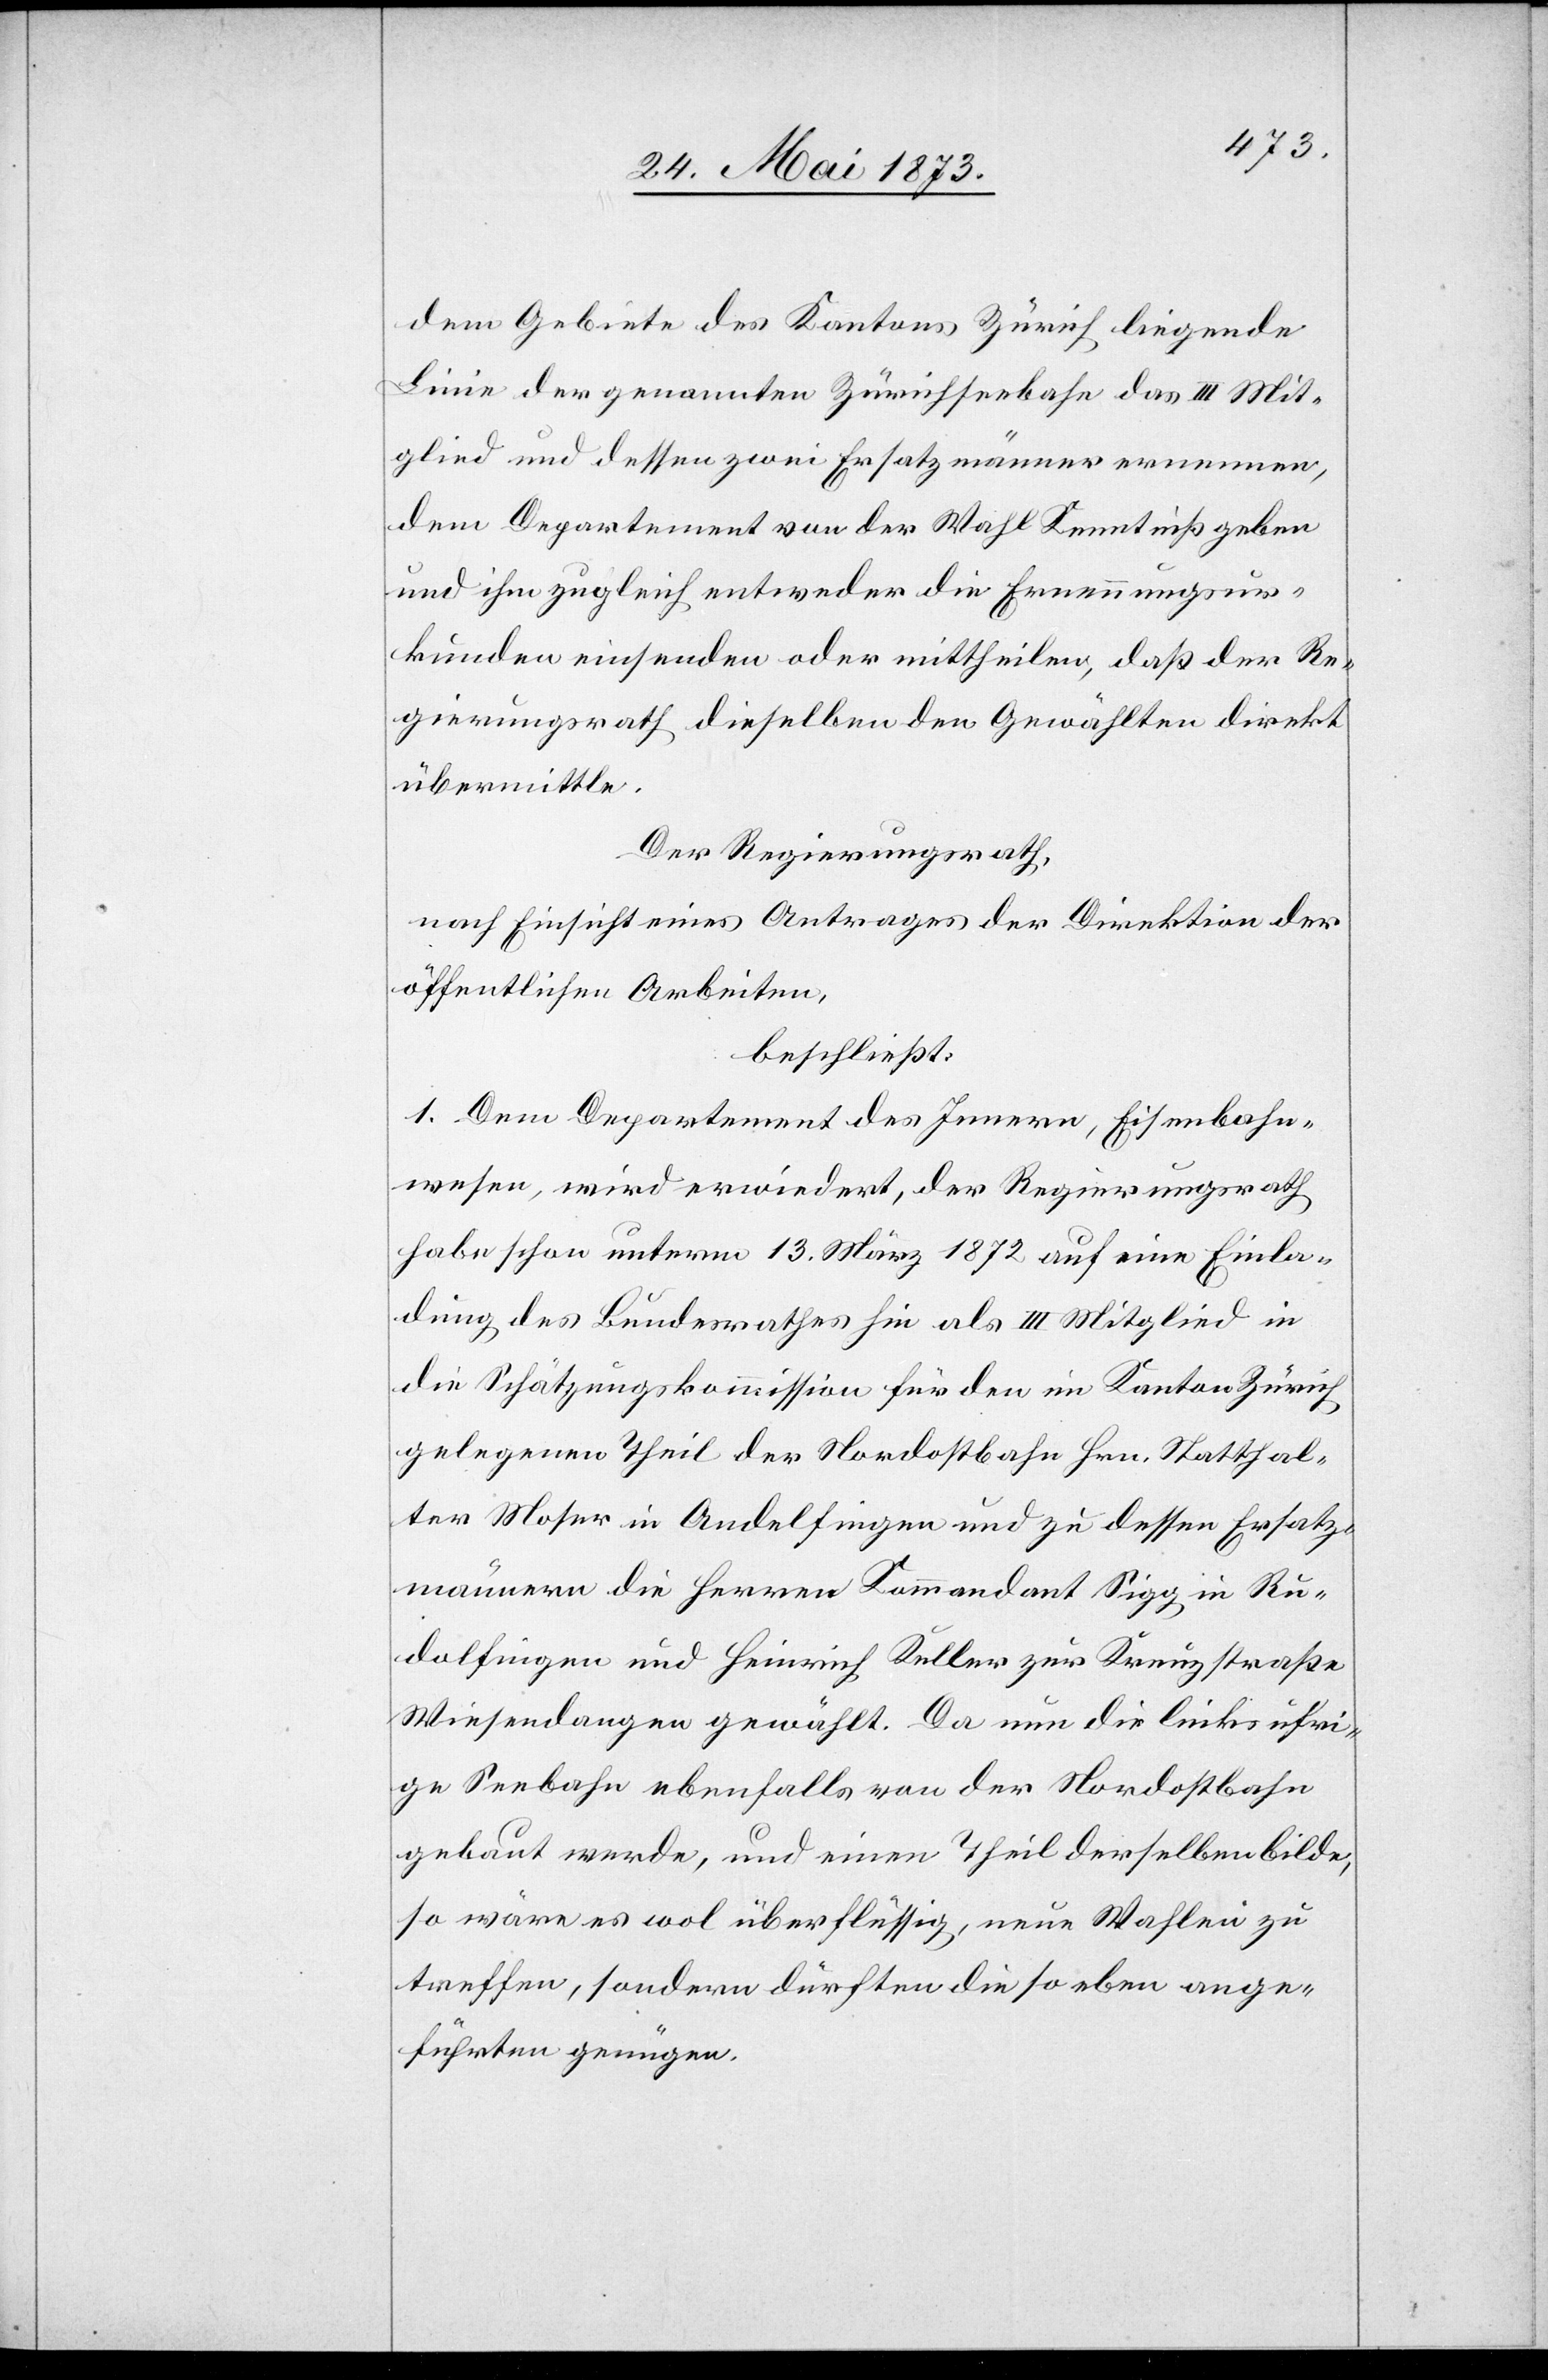
dem Gebiete des Kantons Zürich liegende
Linie der genannten Zürichseebahn das III Mit¬
glied und dessen zwei Ersatzmänner ernennen,
dem Departement von der Wahl Kenntniß geben
und ihm zugleich entweder die Ernennungsur¬
kunden einsenden oder mittheilen, daß der Re¬
gierungsrath dieselben Gewählten direkt
übermittle.
Der Regierungsrath,
nach Einsicht eines Antrages der Direktion der
öffentlichen Arbeiten,
beschließt:
1. Dem Departement des Innern, Eisenbahn¬
wesen, wird erwiedert, der Regierungsrath
habe schon unterm 13. März 1872 auf eine Einla¬
dung des Bundesrathes hin als III Mitglied in
die Schätzungskommission für den im Kanton Zürich
gelegenen Theil der Nordostbahn Hrn. Statthal¬
ter Moser in Andelfingen und zu dessen Ersatz¬
männern die Herren Kommandant Sigg in Ru¬
dolfingen und Heinrich Keller zur Kreuzstraße
Wiesendangen gewählt. Da nun die linksufri¬
ge Seebahn ebenfalls von der Nordostbahn
gebaut wurde, und einen Theil derselben bilde,
so wäre es wol überflüssig, neue Wahlen zu
treffen, sondern dürften die so eben ange¬
führten genügen.